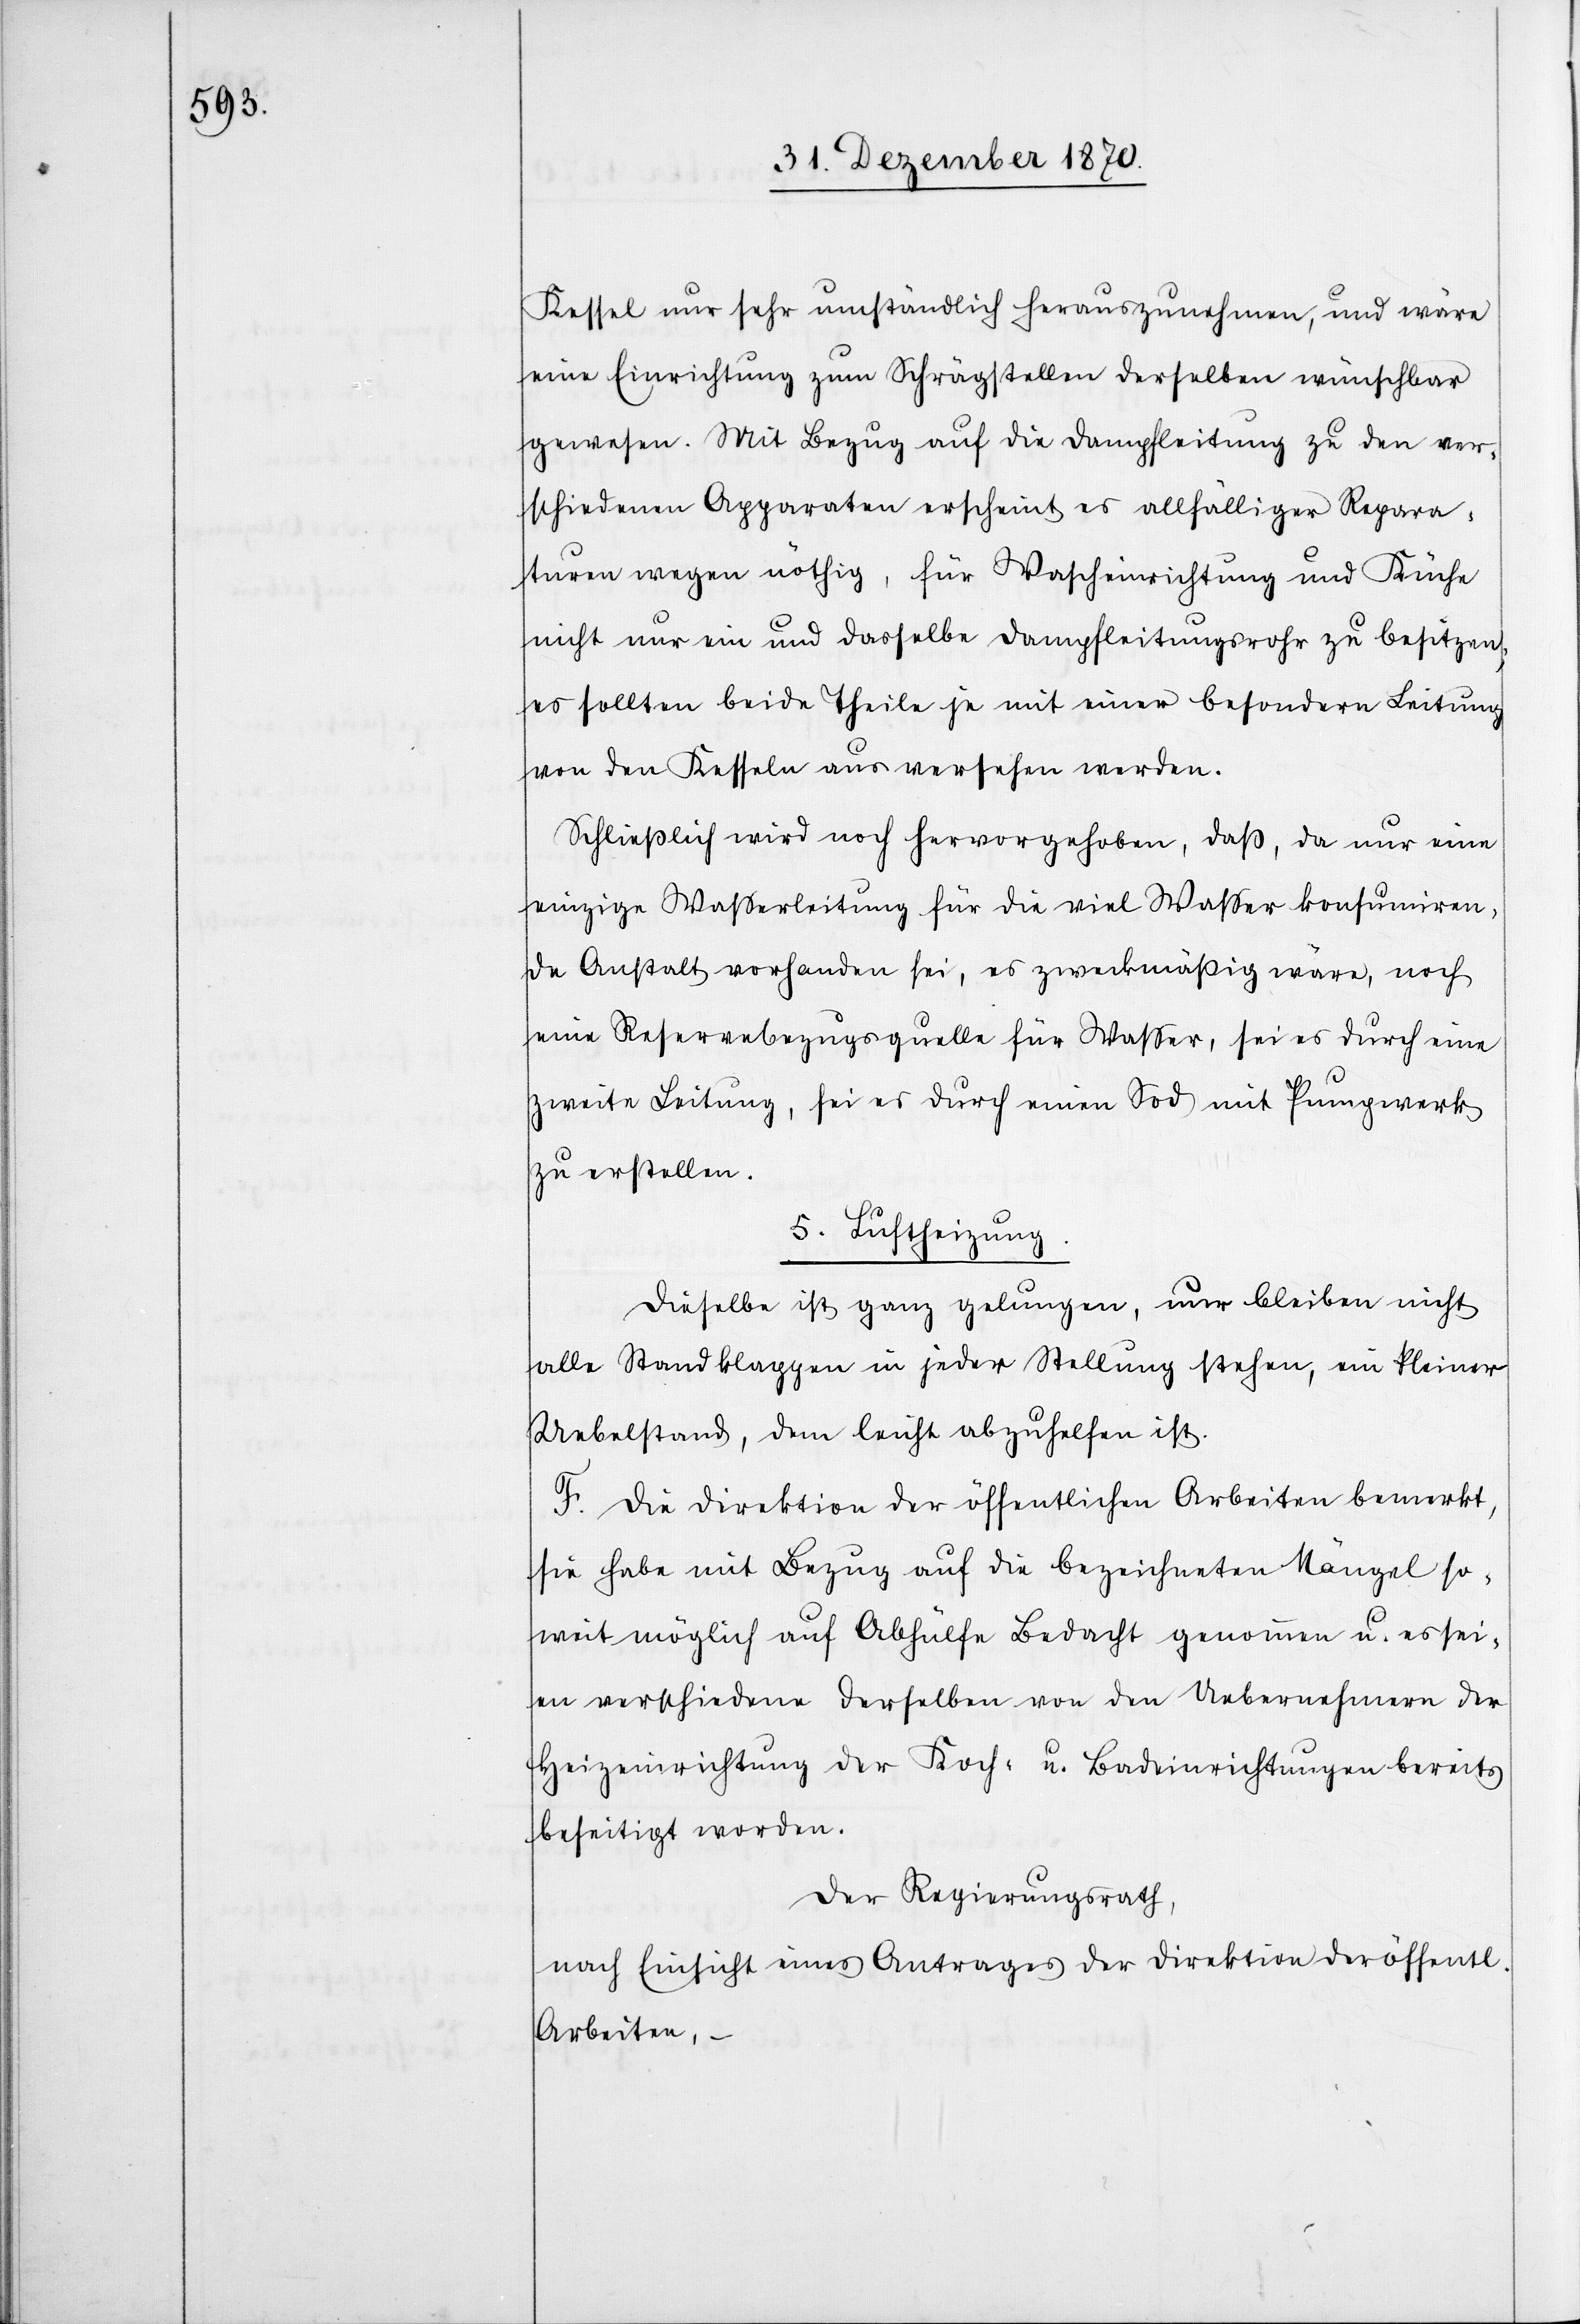
Kessel nur sehr umständlich herauszunehmen, und wäre
eine Einrichtung zum Schrägstellen derselben wünschbar
gewesen. Mit Bezug auf die Dampfleitung zu den ver¬
schiedenen Apparaten erscheint es allfälliger Repara¬
turen wegen nöthig, für Wascheinrichtung und Küche
nicht nur ein und dasselbe Dampfleitungsrohr zu besitzen;
es sollten beide Theile je mit einer besondern Leitung
von den Kesseln aus versehen werden.
Schließlich wird noch hervorgehoben, daß, da nur eine
einzige Wasserleitung für die viel Waßer konsumiren¬
de Anstalt vorhanden sei, es zweckmäßig wäre, noch
eine Reservebezugsquelle für Waßer, sei es durch eine
zweite Leitung, sei es durch einen Sod mit Pumpwerk
zu erstellen.
5. Luftheizung.
Dieselbe ist ganz gelungen, nur bleiben nicht
alle Standklappen in jeder Stellung stehen, ein kleiner
Uebelstand, dem leicht abzuhelfen ist.
F. Die Direktion der öffentlichen Arbeiten bemerkt,
sie habe mit Bezug auf die bezeichneten Mängel so¬
weit möglich auf Abhülfe Bedacht genommen u. es sei¬
en verschiedene derselben von den Uebernehmern der
Heizeinrichtung der Koch- u. Badeinrichtungen bereits
beseitigt worden.
Der Regierungsrath,
nach Einsicht eines Antrages der Direktion der öffentl.
Arbeiten, –